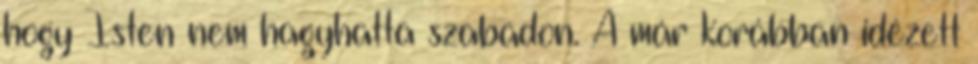
hogy Isten nem hagyhatta szabadon. A már korábban idézett